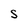
Character: S